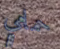
حمامي